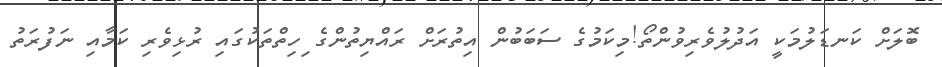
ބޮލަށް ކަނޑަލުމަކީ އަދުލުވެރިވުންތޯ!މިކަމުގެ ސަބަބުން އިތުރަށް ރައްޔިތުންގެ ިހިތްތަކުގައި ރުޅިވެރި ކަމާއި ނަފުރަތު